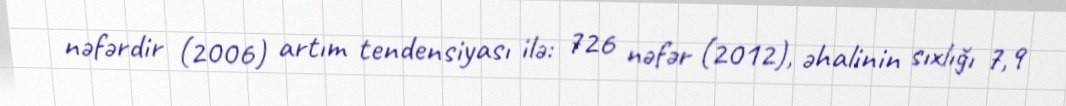
nəfərdir (2006) artım tendensiyası ilə: 726 nəfər (2012), əhalinin sıxlığı 7,9